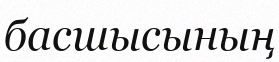
басшысының